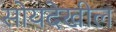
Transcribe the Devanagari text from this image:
सोयदेखील